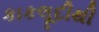
કાકલૂદીથી